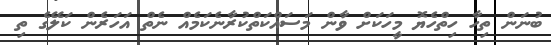
ބުނަން ތިހާ ހިތްހެޔޮ މީހަކަށް ވާން މަސައްކަތްކުރާނެކަމެއް ނެތް އަހަަރެން ކަލޭގެ ތި